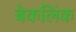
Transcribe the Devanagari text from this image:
बेकलिंक